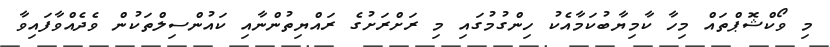
މި ވޯކްޝޮޕްތައް މިހާ ކާމިޔާބުކަމާއެކު ހިންގުމުގައި މި ރަށްރަށުގެ ރައްޔިތުންނާއި ކައުންސިލްތަކުން ވެދެއްވާފައިވާ